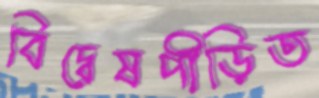
বিদ্বেষপীড়িত